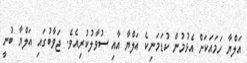
އަލްޔާ ހަމައަކަށް އެޅުމުން ކުޑަމަނިކެ އަލްޔާ އާއި ސުވާލުކުރިއެވެ. ޖަވާބުގައި އަލްޔާ ބުނީ